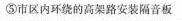
⑤市区内环绕的高架路安装隔音板